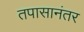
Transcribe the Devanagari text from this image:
तपासानंतर